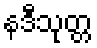
နဒီသုတ္တ